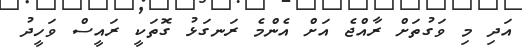
އަދި މި ވަގުތަށް ރާއްޖެ އަށް އެންމެ ރަނގަޅު ގޮތަކީ ރައީސް ވަހީދު